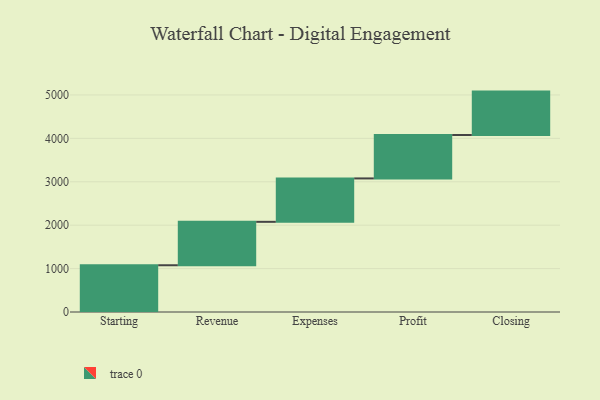
{"axis": {"x": "Step", "y": "Value"}, "legend": [""], "data": [{"x": "Starting", "y": 1077.0, "type": ""}, {"x": "Revenue", "y": 1000, "type": ""}, {"x": "Expenses", "y": 1000, "type": ""}, {"x": "Profit", "y": 1000, "type": ""}, {"x": "Closing", "y": 1000, "type": ""}]}